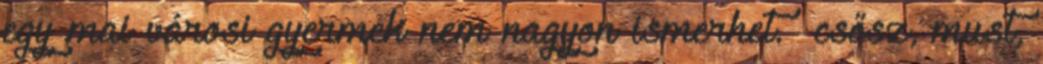
egy mai városi gyermek nem nagyon ismerhet. csősz, must,